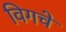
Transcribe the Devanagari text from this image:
विगचे